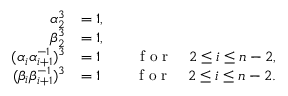
\begin{array} { r l r } { \alpha _ { 2 } ^ { 3 } } & { = 1 , } & \\ { \beta _ { 2 } ^ { 3 } } & { = 1 , } & \\ { ( \alpha _ { i } \alpha _ { i + 1 } ^ { - 1 } ) ^ { 3 } } & { = 1 } & { \quad \textrm { f o r } \quad 2 \leq i \leq n - 2 , } \\ { ( \beta _ { i } \beta _ { i + 1 } ^ { - 1 } ) ^ { 3 } } & { = 1 } & { \quad \textrm { f o r } \quad 2 \leq i \leq n - 2 . } \end{array}